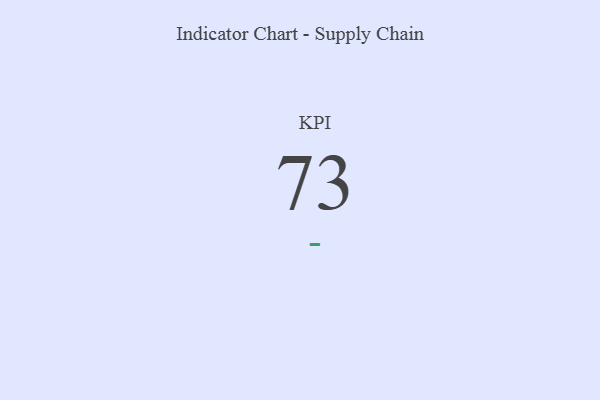
{"axis": {"x": "KPI", "y": "Value"}, "legend": [""], "data": [{"x": "KPI", "y": 73, "type": ""}]}